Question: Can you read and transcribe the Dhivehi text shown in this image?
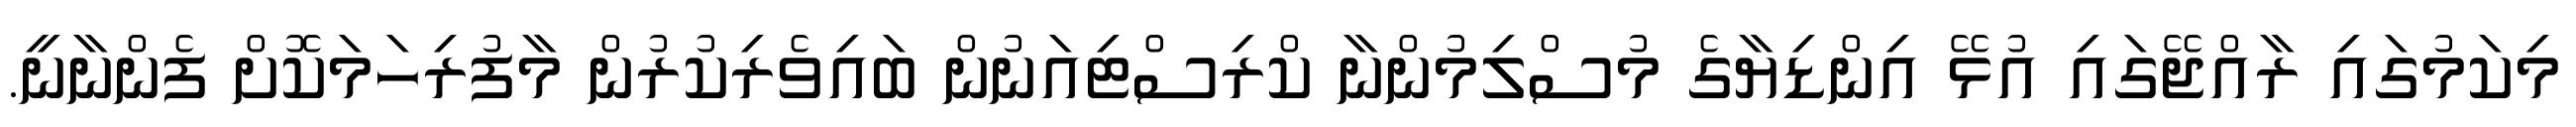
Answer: މިކަމުގައި ރާއްޖޭގައި އުޅޭ އިންޑިޔާގެ މުސްލިމުންނާ ކްރިސްޓިއަނުން ބައިވެރިކުރުން މާފުރިހަމަކޮށް ފެންނާނީ.